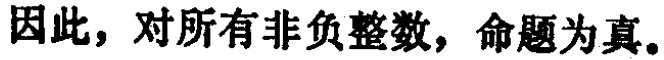
因此，对所有非负整数，命题为真。